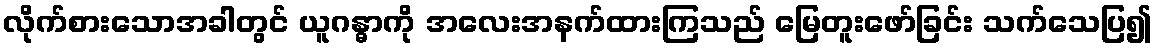
လိုက်စားသောအခါတွင် ယူဂန္ဓာကို အလေးအနက်ထားကြသည် မြေတူးဖော်ခြင်း သက်သေပြ၍